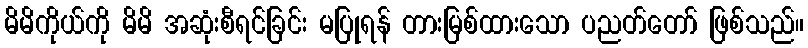
မိမိကိုယ်ကို မိမိ အဆုံးစီရင်ခြင်း မပြုရန် တားမြစ်ထားသော ပညတ်တော် ဖြစ်သည်။